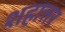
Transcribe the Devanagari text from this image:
शहात्तर